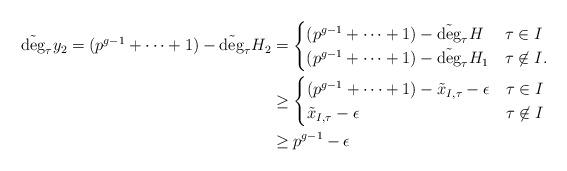
LaTeX: \begin{align*}\tilde \deg_\tau y_2 = (p^{g-1}+\cdots+1) -\tilde \deg_\tau H_2&= \begin{cases} (p^{g-1}+\cdots+1)-\tilde\deg_\tau H & \tau \in I\\(p^{g-1}+\cdots+1)-\tilde\deg_\tau H_1 & \tau\not\in I.\end{cases}\\&\geq \begin{cases} (p^{g-1}+\cdots+1)-\tilde x_{I,\tau}-\epsilon & \tau \in I\\\tilde x_{I,\tau}-\epsilon & \tau\not\in I\end{cases}\\&\geq p^{g-1}-\epsilon\end{align*}